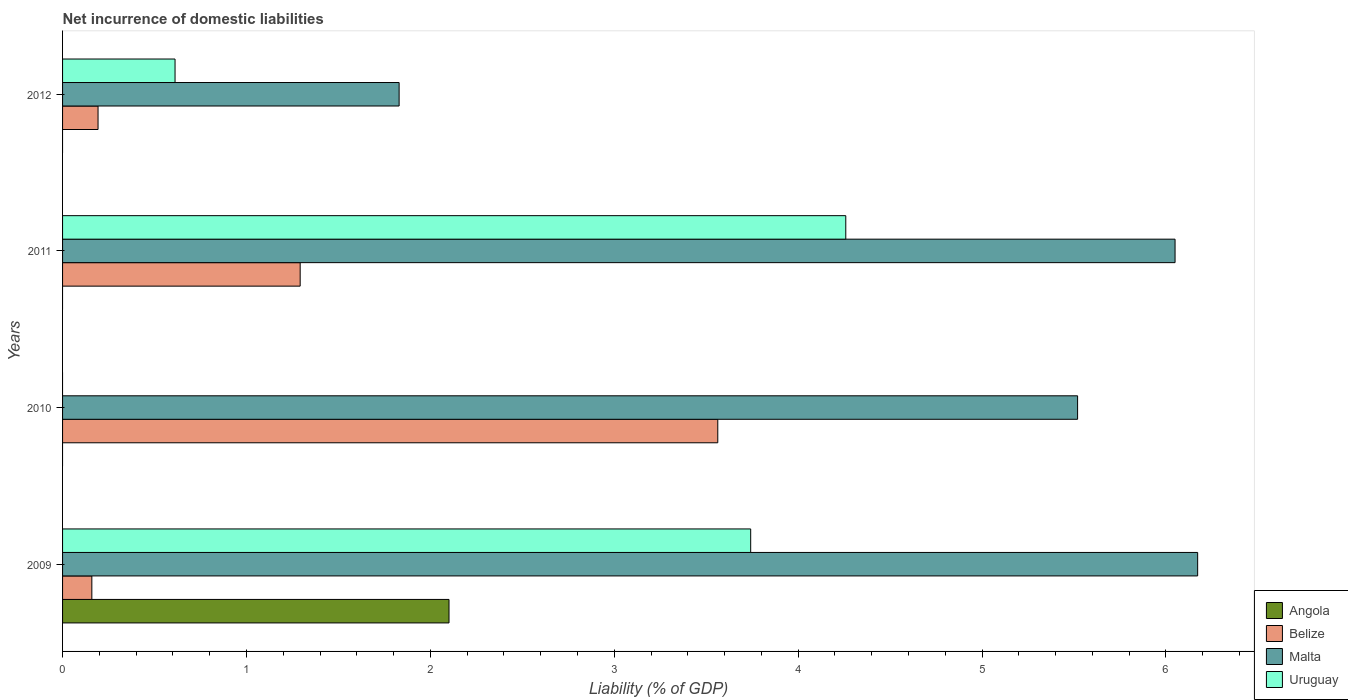
| Years | Angola | Belize | Malta | Uruguay |
 | --- | --- | --- | --- | --- |
 | 2009 | 2.1 | 0.159 | 6.17 | 3.74 |
 | 2010 | -2.11 | 3.56 | 5.52 | -0.805 |
 | 2011 | -2.12 | 1.29 | 6.05 | 4.26 |
 | 2012 | -3.3 | 0.193 | 1.83 | 0.612 |